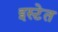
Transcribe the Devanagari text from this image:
इस्टेत